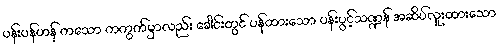
ပန်းပန်ဟန် ကသော ကကွက်မှာလည်း ခေါင်းတွင် ပန်ထားသော ပန်းပွင့်သဏ္ဍန် အဆိပ်လူးထားသော